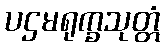
ပဌမရုက္ခသုတ္တံ